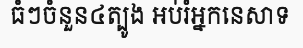
ធំៗចំនួន៤ត្បូង អប់រំអ្នកនេសាទ